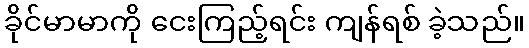
ခိုင်မာမာကို ငေးကြည့်ရင်း ကျန်ရစ် ခဲ့သည်။